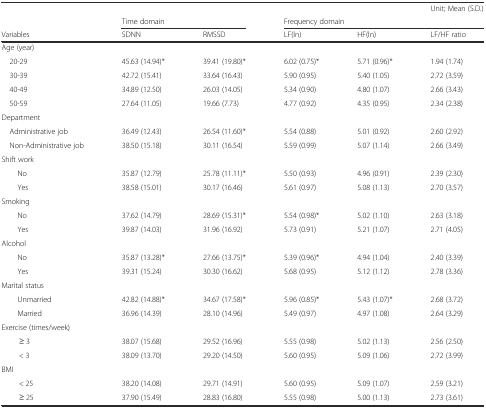
<table><thead><tr><td></td><td></td><td></td><td></td><td></td><td><b>Unit; Mean (S.D.)</b></td></tr><tr><td></td><td colspan="2"><b>Time domain</b></td><td colspan="3"><b>Frequency domain</b></td></tr><tr><td><b>Variables</b></td><td><b>SDNN</b></td><td><b>RMSSD</b></td><td><b>LF(ln)</b></td><td><b>HF(ln)</b></td><td><b>LF/HF ratio</b></td></tr></thead><tbody><tr><td>Age (year)</td><td></td><td></td><td></td><td></td><td></td></tr><tr><td> 20-29</td><td>45.63 (14.94)*</td><td>39.41 (19.80)*</td><td>6.02 (0.75)*</td><td>5.71 (0.96)*</td><td>1.94 (1.74)</td></tr><tr><td> 30-39</td><td>42.72 (15.41)</td><td>33.64 (16.43)</td><td>5.90 (0.95)</td><td>5.40 (1.05)</td><td>2.72 (3.59)</td></tr><tr><td> 40-49</td><td>34.89 (12.50)</td><td>26.03 (14.05)</td><td>5.34 (0.90)</td><td>4.80 (1.07)</td><td>2.66 (3.43)</td></tr><tr><td> 50-59</td><td>27.64 (11.05)</td><td>19.66 (7.73)</td><td>4.77 (0.92)</td><td>4.35 (0.95)</td><td>2.34 (2.38)</td></tr><tr><td>Department</td><td></td><td></td><td></td><td></td><td></td></tr><tr><td> Administrative job</td><td>36.49 (12.43)</td><td>26.54 (11.60)*</td><td>5.54 (0.88)</td><td>5.01 (0.92)</td><td>2.60 (2.92)</td></tr><tr><td> Non-Administrative job</td><td>38.50 (15.18)</td><td>30.11 (16.54)</td><td>5.59 (0.99)</td><td>5.07 (1.14)</td><td>2.66 (3.49)</td></tr><tr><td>Shift work</td><td></td><td></td><td></td><td></td><td></td></tr><tr><td>No</td><td>35.87 (12.79)</td><td>25.78 (11.11)*</td><td>5.50 (0.93)</td><td>4.96 (0.91)</td><td>2.39 (2.30)</td></tr><tr><td>Yes</td><td>38.58 (15.01)</td><td>30.17 (16.46)</td><td>5.61 (0.97)</td><td>5.08 (1.13)</td><td>2.70 (3.57)</td></tr><tr><td>Smoking</td><td></td><td></td><td></td><td></td><td></td></tr><tr><td>No</td><td>37.62 (14.79)</td><td>28.69 (15.31)*</td><td>5.54 (0.98)*</td><td>5.02 (1.10)</td><td>2.63 (3.18)</td></tr><tr><td>Yes</td><td>39.87 (14.03)</td><td>31.96 (16.92)</td><td>5.73 (0.91)</td><td>5.21 (1.07)</td><td>2.71 (4.05)</td></tr><tr><td>Alcohol</td><td></td><td></td><td></td><td></td><td></td></tr><tr><td>No</td><td>35.87 (13.28)*</td><td>27.66 (13.75)*</td><td>5.39 (0.96)*</td><td>4.94 (1.04)</td><td>2.40 (3.39)</td></tr><tr><td>Yes</td><td>39.31 (15.24)</td><td>30.30 (16.62)</td><td>5.68 (0.95)</td><td>5.12 (1.12)</td><td>2.78 (3.36)</td></tr><tr><td>Marital status</td><td></td><td></td><td></td><td></td><td></td></tr><tr><td>Unmarried</td><td>42.82 (14.88)*</td><td>34.67 (17.58)*</td><td>5.96 (0.85)*</td><td>5.43 (1.07)*</td><td>2.68 (3.72)</td></tr><tr><td>Married</td><td>36.96 (14.39)</td><td>28.10 (14.96)</td><td>5.49 (0.97)</td><td>4.97 (1.08)</td><td>2.64 (3.29)</td></tr><tr><td>Exercise (times/week)</td><td></td><td></td><td></td><td></td><td></td></tr><tr><td>≥ 3</td><td>38.07 (15.68)</td><td>29.52 (16.96)</td><td>5.55 (0.98)</td><td>5.02 (1.13)</td><td>2.56 (2.50)</td></tr><tr><td>&lt; 3</td><td>38.09 (13.70)</td><td>29.20 (14.50)</td><td>5.60 (0.95)</td><td>5.09 (1.06)</td><td>2.72 (3.99)</td></tr><tr><td>BMI</td><td></td><td></td><td></td><td></td><td></td></tr><tr><td>&lt; 25</td><td>38.20 (14.08)</td><td>29.71 (14.91)</td><td>5.60 (0.95)</td><td>5.09 (1.07)</td><td>2.59 (3.21)</td></tr><tr><td>≥ 25</td><td>37.90 (15.49)</td><td>28.83 (16.80)</td><td>5.55 (0.98)</td><td>5.00 (1.13)</td><td>2.73 (3.61)</td></tr></tbody></table>